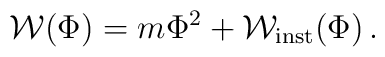
{\cal W}(\Phi) =m \Phi^2+{\cal W}_{\rm inst}(\Phi)\, .